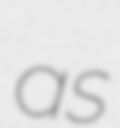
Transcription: as